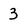
Character: 3